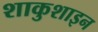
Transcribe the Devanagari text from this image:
शाकुशाइन